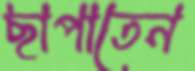
ছাপাতেন